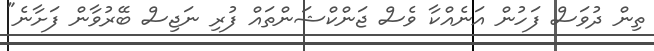
ތިން ދުވަސް ފަހުން އަނެއްކާ ވެސް ޖަންކްޝަންތައް ފުރި ނަޖިސް ބޭރުވާން ފަށާނެ"